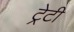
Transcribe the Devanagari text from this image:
ट्रेटी